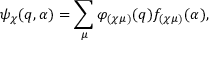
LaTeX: \psi _ { \chi } ( q , \alpha ) = \sum _ { \mu } \varphi _ { ( \chi \mu ) } ( q ) f _ { ( \chi \mu ) } ( \alpha ) ,